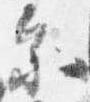
参